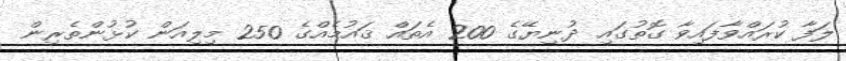
ލަފާ ކުރައްވާފައިވާ ގޮތުގައި ދުނިޔޭގެ 200 އެތައް ޤައުމެއްގެ 250 މިލިއަން ކުޅުންތެރިން